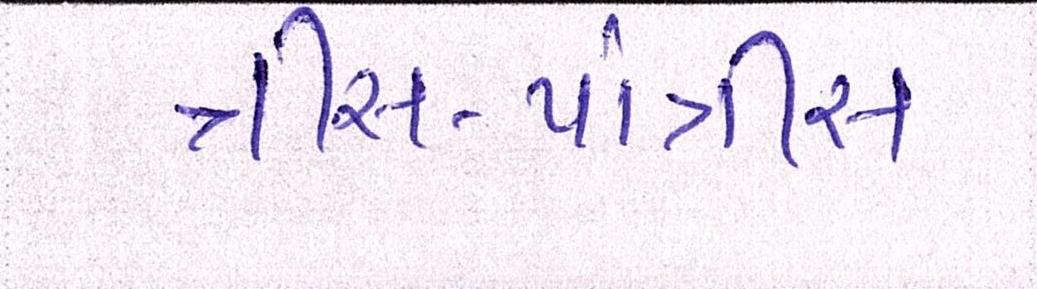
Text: ત્રીસ-પાંત્રીસ